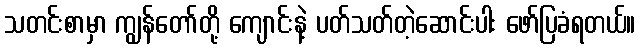
သတင်းစာမှာ ကျွန်တော်တို့ ကျောင်းနဲ့ ပတ်သတ်တဲ့ဆောင်းပါး ဖော်ပြခံရတယ်။